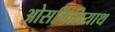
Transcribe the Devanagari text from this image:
ओसगिलियाथ